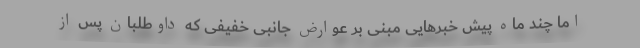
اما چند ماه پیش خبرهایی مبنی بر عوارض جانبی خفیفی که داوطلبان پس از